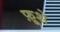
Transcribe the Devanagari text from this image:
फ़ूशे